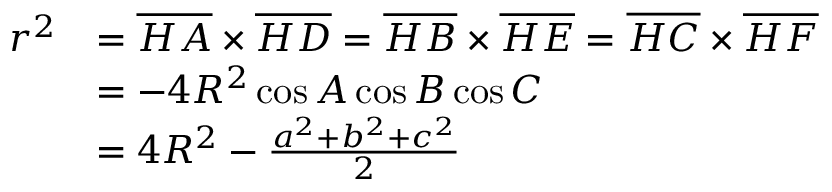
{ \begin{array} { r l } { r ^ { 2 } } & { = { \overline { { H A } } } \times { \overline { { H D } } } = { \overline { { H B } } } \times { \overline { { H E } } } = { \overline { { H C } } } \times { \overline { { H F } } } } \\ & { = - 4 R ^ { 2 } \cos A \cos B \cos C } \\ & { = 4 R ^ { 2 } - { \frac { a ^ { 2 } + b ^ { 2 } + c ^ { 2 } } { 2 } } } \end{array} }